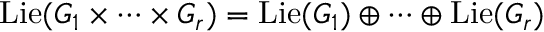
\operatorname { L i e } ( G _ { 1 } \times \cdots \times G _ { r } ) = \operatorname { L i e } ( G _ { 1 } ) \oplus \cdots \oplus \operatorname { L i e } ( G _ { r } )